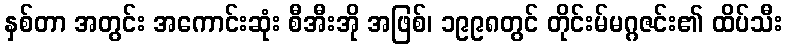
နှစ်တာ အတွင်း အကောင်းဆုံး စီအီးအို အဖြစ်၊ ၁၉၉၈တွင် တိုင်းမ်မဂ္ဂဇင်း၏ ထိပ်သီး